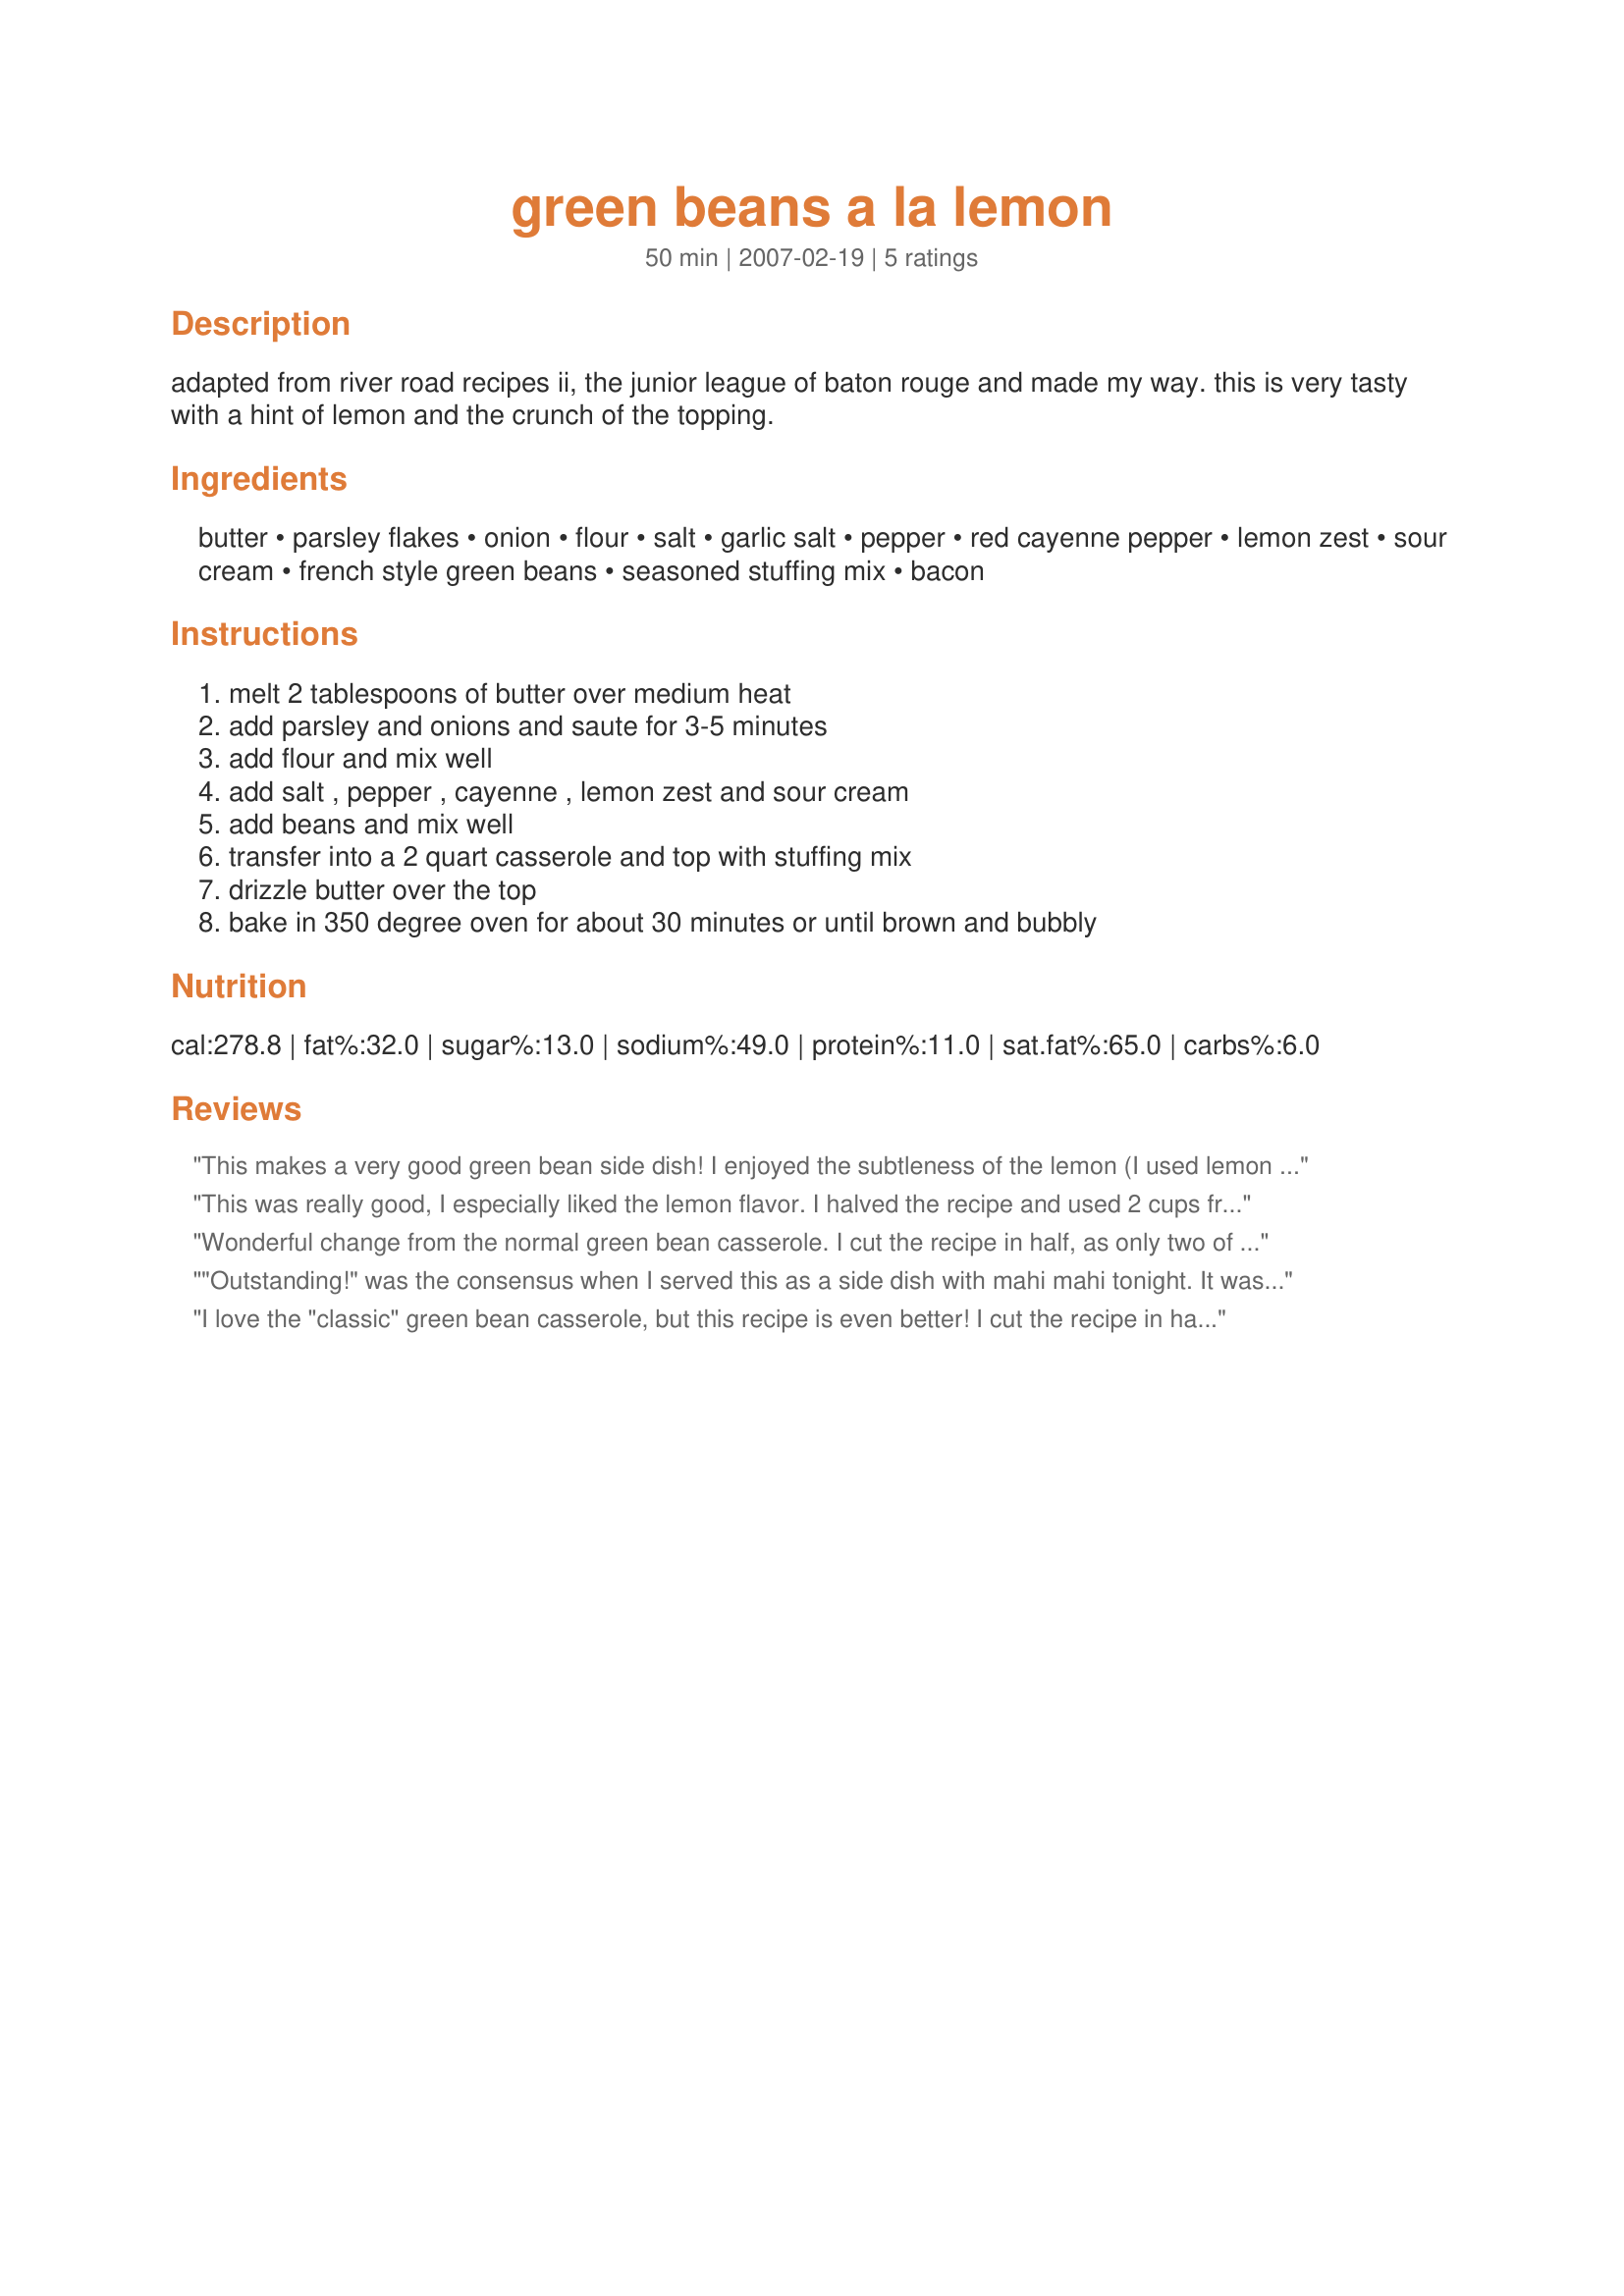
green beans a la lemon
Preparation time: 50 minutes

adapted from river road recipes ii, the junior league of baton rouge and made my way. this is very tasty with a hint of lemon and the crunch of the topping.

Ingredients:
butter, parsley flakes, onion, flour, salt, garlic salt, pepper, red cayenne pepper, lemon zest, sour cream, french style green beans, seasoned stuffing mix, bacon

Steps:
melt 2 tablespoons of butter over medium heat, add parsley and onions and saute for 3-5 minutes, add flour and mix well, add salt , pepper , cayenne , lemon zest and sour cream, add beans and mix well, transfer into a 2 quart casserole and top with stuffing mix, drizzle butter over the top, bake in 350 degree oven for about 30 minutes or until brown and bubbly

Reviews:
This makes a very good green bean side dish! I enjoyed the subtleness of the lemon (I used lemon juice) and the rest of the seasonings. I probably should have bought the stuffing mix crumbs rather than the cubes, but it still tasted good. I omitted the bacon this time because I didn't have any, but I'm sure that would make it even more delicious. Made for Football Week #1. Congratulations on your win!
This was really good, I especially liked the lemon flavor. I halved the recipe and used 2 cups frozen french-cut green beans and I left out the bacon. I accidentaly forgot to halve the lemon zest and it was a bit too strong, but I'll make sure to measure right next time. Thanks for posting.
Wonderful change from the normal green bean casserole. I cut the recipe in half, as only two of us for dinner tonite. I was lazy and just used some lemon juice instead of the lemon zest. Nice textures with the crispy topping!!! Thanks Nimz for a great recipe.
"Outstanding!" was the consensus when I served this as a side dish with mahi mahi tonight. It was definitely the hit of the evening. I used vegetarian bacon-flavored bits. A moderate amount of crunch from the stuffing mix, a moderate amount of tang courtesy of the lemon zest and sour cream--somehow it all came together just right for a real flavor treat.
I love the "classic" green bean casserole, but this recipe is even better! I cut the recipe in half, used fat-free sour cream and left out the bacon to cut the fat content. The flavor is outstanding. Made for Review My Recipe. Thanks for posting Nimz!
